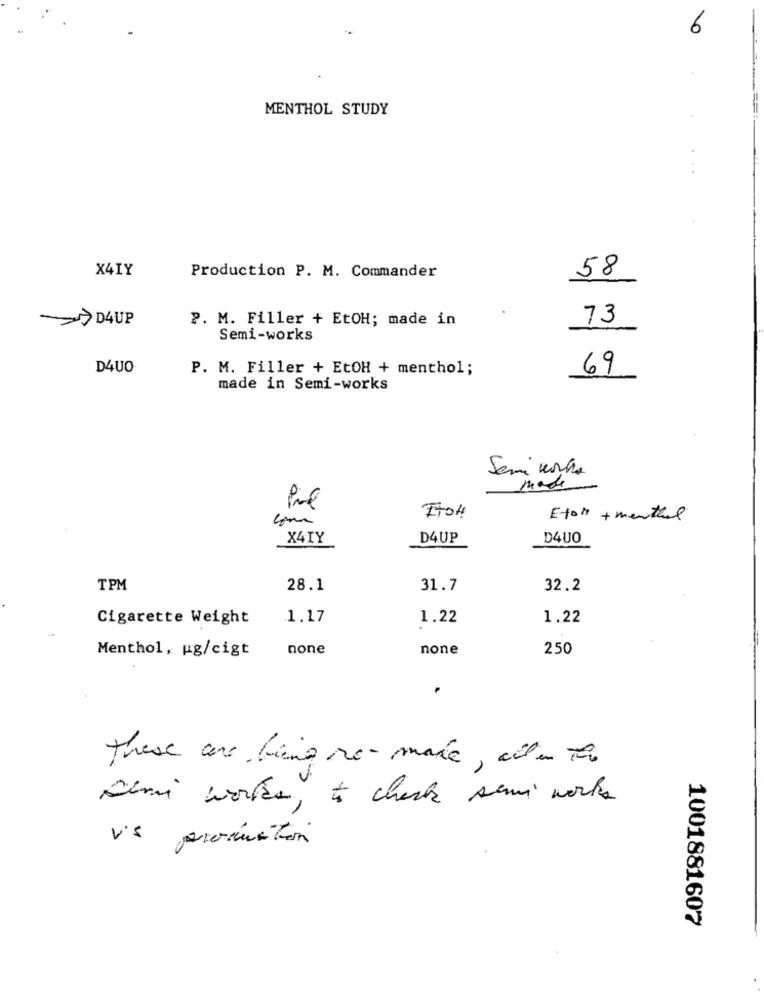
6
MENTHOL STUDY
X4IY
Production P. M. Commander
58
>D4UP
P. M. Filler + EtOH; made in
73
Semi-works
D4UO
P. M. Filler + EtOH + menthol;
69
made in Semi-works
Semi words
made
EtoH
Efor +menthal
X4TY
D4UP
D4UO
TPM
28.1
31.7
32.2
Cigarette Weight
1.17
1.22
1.22
Menthol, ug/cigt
none
none
250
4
these are bing re- marie, aile the
Demi worker, to check semi works
1001881607